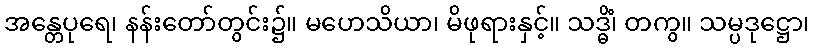
အန္တေပုရေ၊ နန်းတော်တွင်း၌။ မဟေသိယာ၊ မိဖုရားနှင့်။ သဒ္ဓိံ၊ တကွ။ သမ္ပဒုဋ္ဌော၊